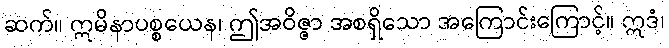
ဆက်။ ဣမိနာပစ္စယေန၊ ဤအဝိဇ္ဇာ အစရှိသော အကြောင်းကြောင့်။ ဣဒံ၊